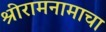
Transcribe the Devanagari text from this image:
श्रीरामनामाचा